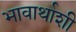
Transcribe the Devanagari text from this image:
भावार्थाशी